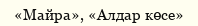
«Майра», «Алдар көсе»